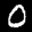
Label: 0